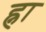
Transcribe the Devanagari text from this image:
ह्ना